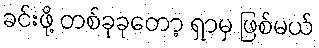
ခင်းဖို့ တစ်ခုခုတော့ ရှာမှ ဖြစ်မယ်